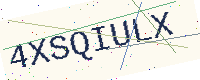
Text: 4XSQIULX